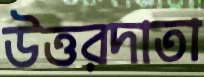
উত্তরদাতা